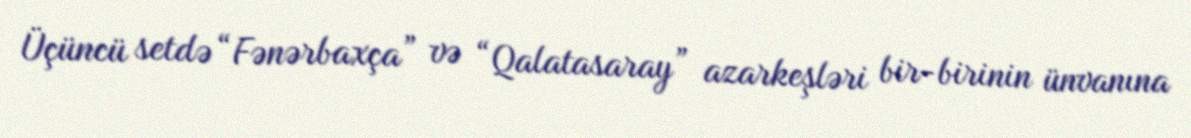
Üçüncü setdə “Fənərbaxça” və “Qalatasaray” azarkeşləri bir-birinin ünvanına